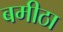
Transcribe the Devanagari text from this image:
बमीठा